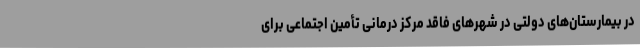
در بیمارستان‌های دولتی در شهرهای فاقد مرکز درمانی تأمین اجتماعی برای